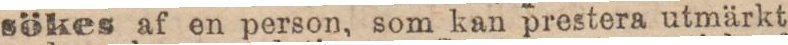
sökes af en person, som kan prestera utmärkt